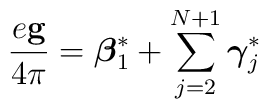
\frac{e{\bf g}}{4\pi}= {\mbox{\boldmath $\beta$}}_1^*+\sum_{j=2}^{N+1}{\mbox{\boldmath $\gamma$}}_j^*